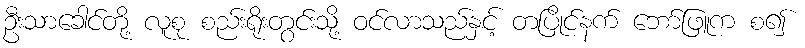
ဦးသာခေါင်တို့ လူစု စည်းရိုးတွင်းသို့ ဝင်လာသည်နှင့် တပြိုင်နက် ဘော်ဖြူက စ၍